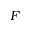
F